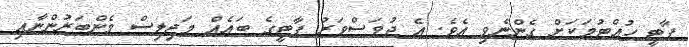
ޕާޓީ ހުއްޓުމަކަށް ގެންނެވި އެވެ. އެ ދުވަސްވަރު ޕާޓީގެ ބައެއް މަޖިލިސް މެންބަރުންނާއި